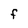
Character: F